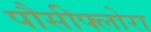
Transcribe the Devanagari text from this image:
पौसीफ्लोरा